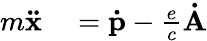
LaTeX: \begin{array}{rl}{m\mathbf{\ddot{x}}}&{{}=\mathbf{\dot{p}}-{\frac{e}{c}}\mathbf{\dot{A}}}\end{array}